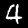
Label: 4